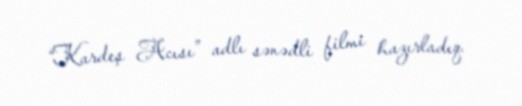
“Kardeş Acısı” adlı sənədli filmi hazırladıq.